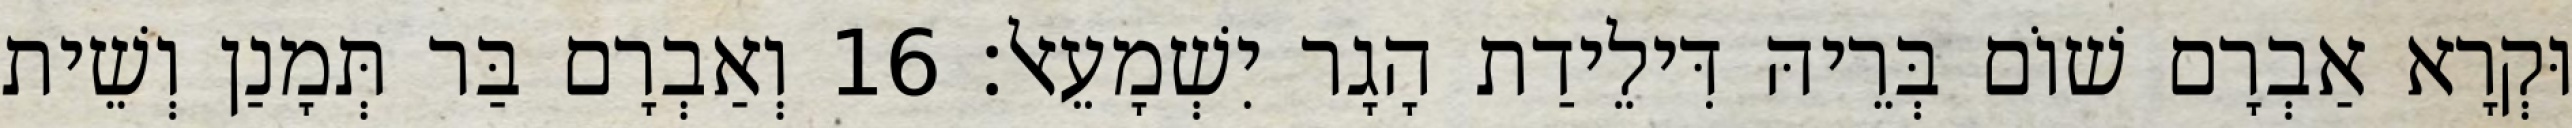
וּקְרָא אַבְרָם שׁוֹם בְּרֵיהּ דִּילֵידַת הָגָר יִשְׁמָעֵאל׃ 16 וְאַבְרָם בַּר תְּמָנַן וְשֵׁית